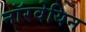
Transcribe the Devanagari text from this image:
नाॅरवेयिन